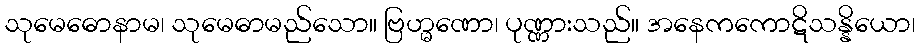
သုမေဓောနာမ၊ သုမေဓာမည်သော။ ဗြဟ္မဏော၊ ပုဏ္ဏားသည်။ အနေကကောဋိသန္နိယော၊